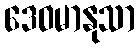
ဒေဝမာနုသာ